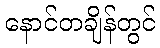
နောင်တချိန်တွင်